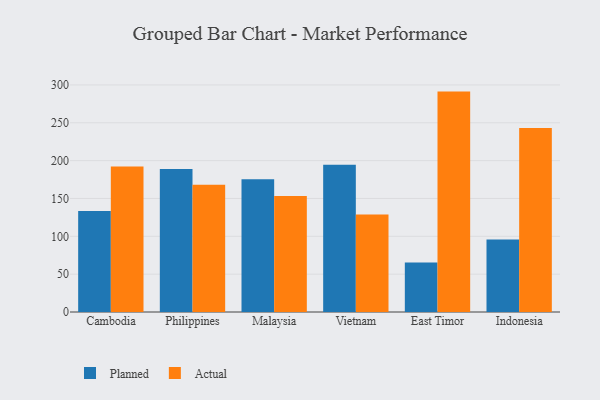
{"axis": {"x": "Country", "y": "LTV (USD)"}, "legend": ["Actual", "Planned"], "data": [{"x": "Cambodia", "y": 133.6, "type": "Planned"}, {"x": "Cambodia", "y": 192.4, "type": "Actual"}, {"x": "Philippines", "y": 189.1, "type": "Planned"}, {"x": "Philippines", "y": 168.2, "type": "Actual"}, {"x": "Malaysia", "y": 175.5, "type": "Planned"}, {"x": "Malaysia", "y": 153.3, "type": "Actual"}, {"x": "Vietnam", "y": 194.6, "type": "Planned"}, {"x": "Vietnam", "y": 128.8, "type": "Actual"}, {"x": "East Timor", "y": 65.3, "type": "Planned"}, {"x": "East Timor", "y": 291.2, "type": "Actual"}, {"x": "Indonesia", "y": 95.8, "type": "Planned"}, {"x": "Indonesia", "y": 243.0, "type": "Actual"}]}